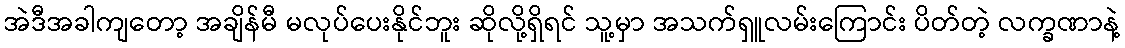
အဲဒီအခါကျတော့ အချိန်မီ မလုပ်ပေးနိုင်ဘူး ဆိုလို့ရှိရင် သူ့မှာ အသက်ရှူလမ်းကြောင်း ပိတ်တဲ့ လက္ခဏာနဲ့